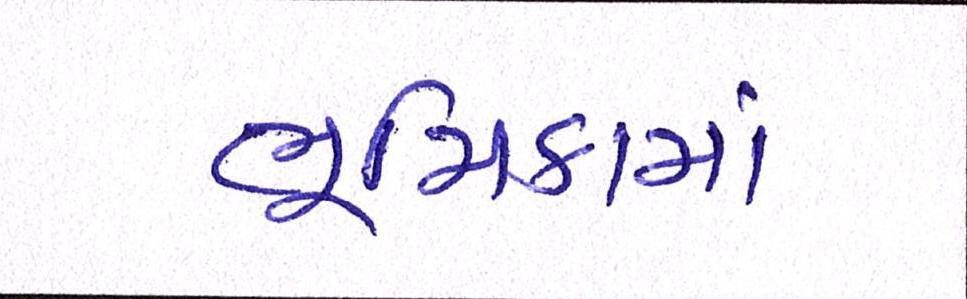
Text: ભૂમિકામાં